65_HS1-834228961_62-HQ-83894_Serial_164
Agency: FBI
Page 122
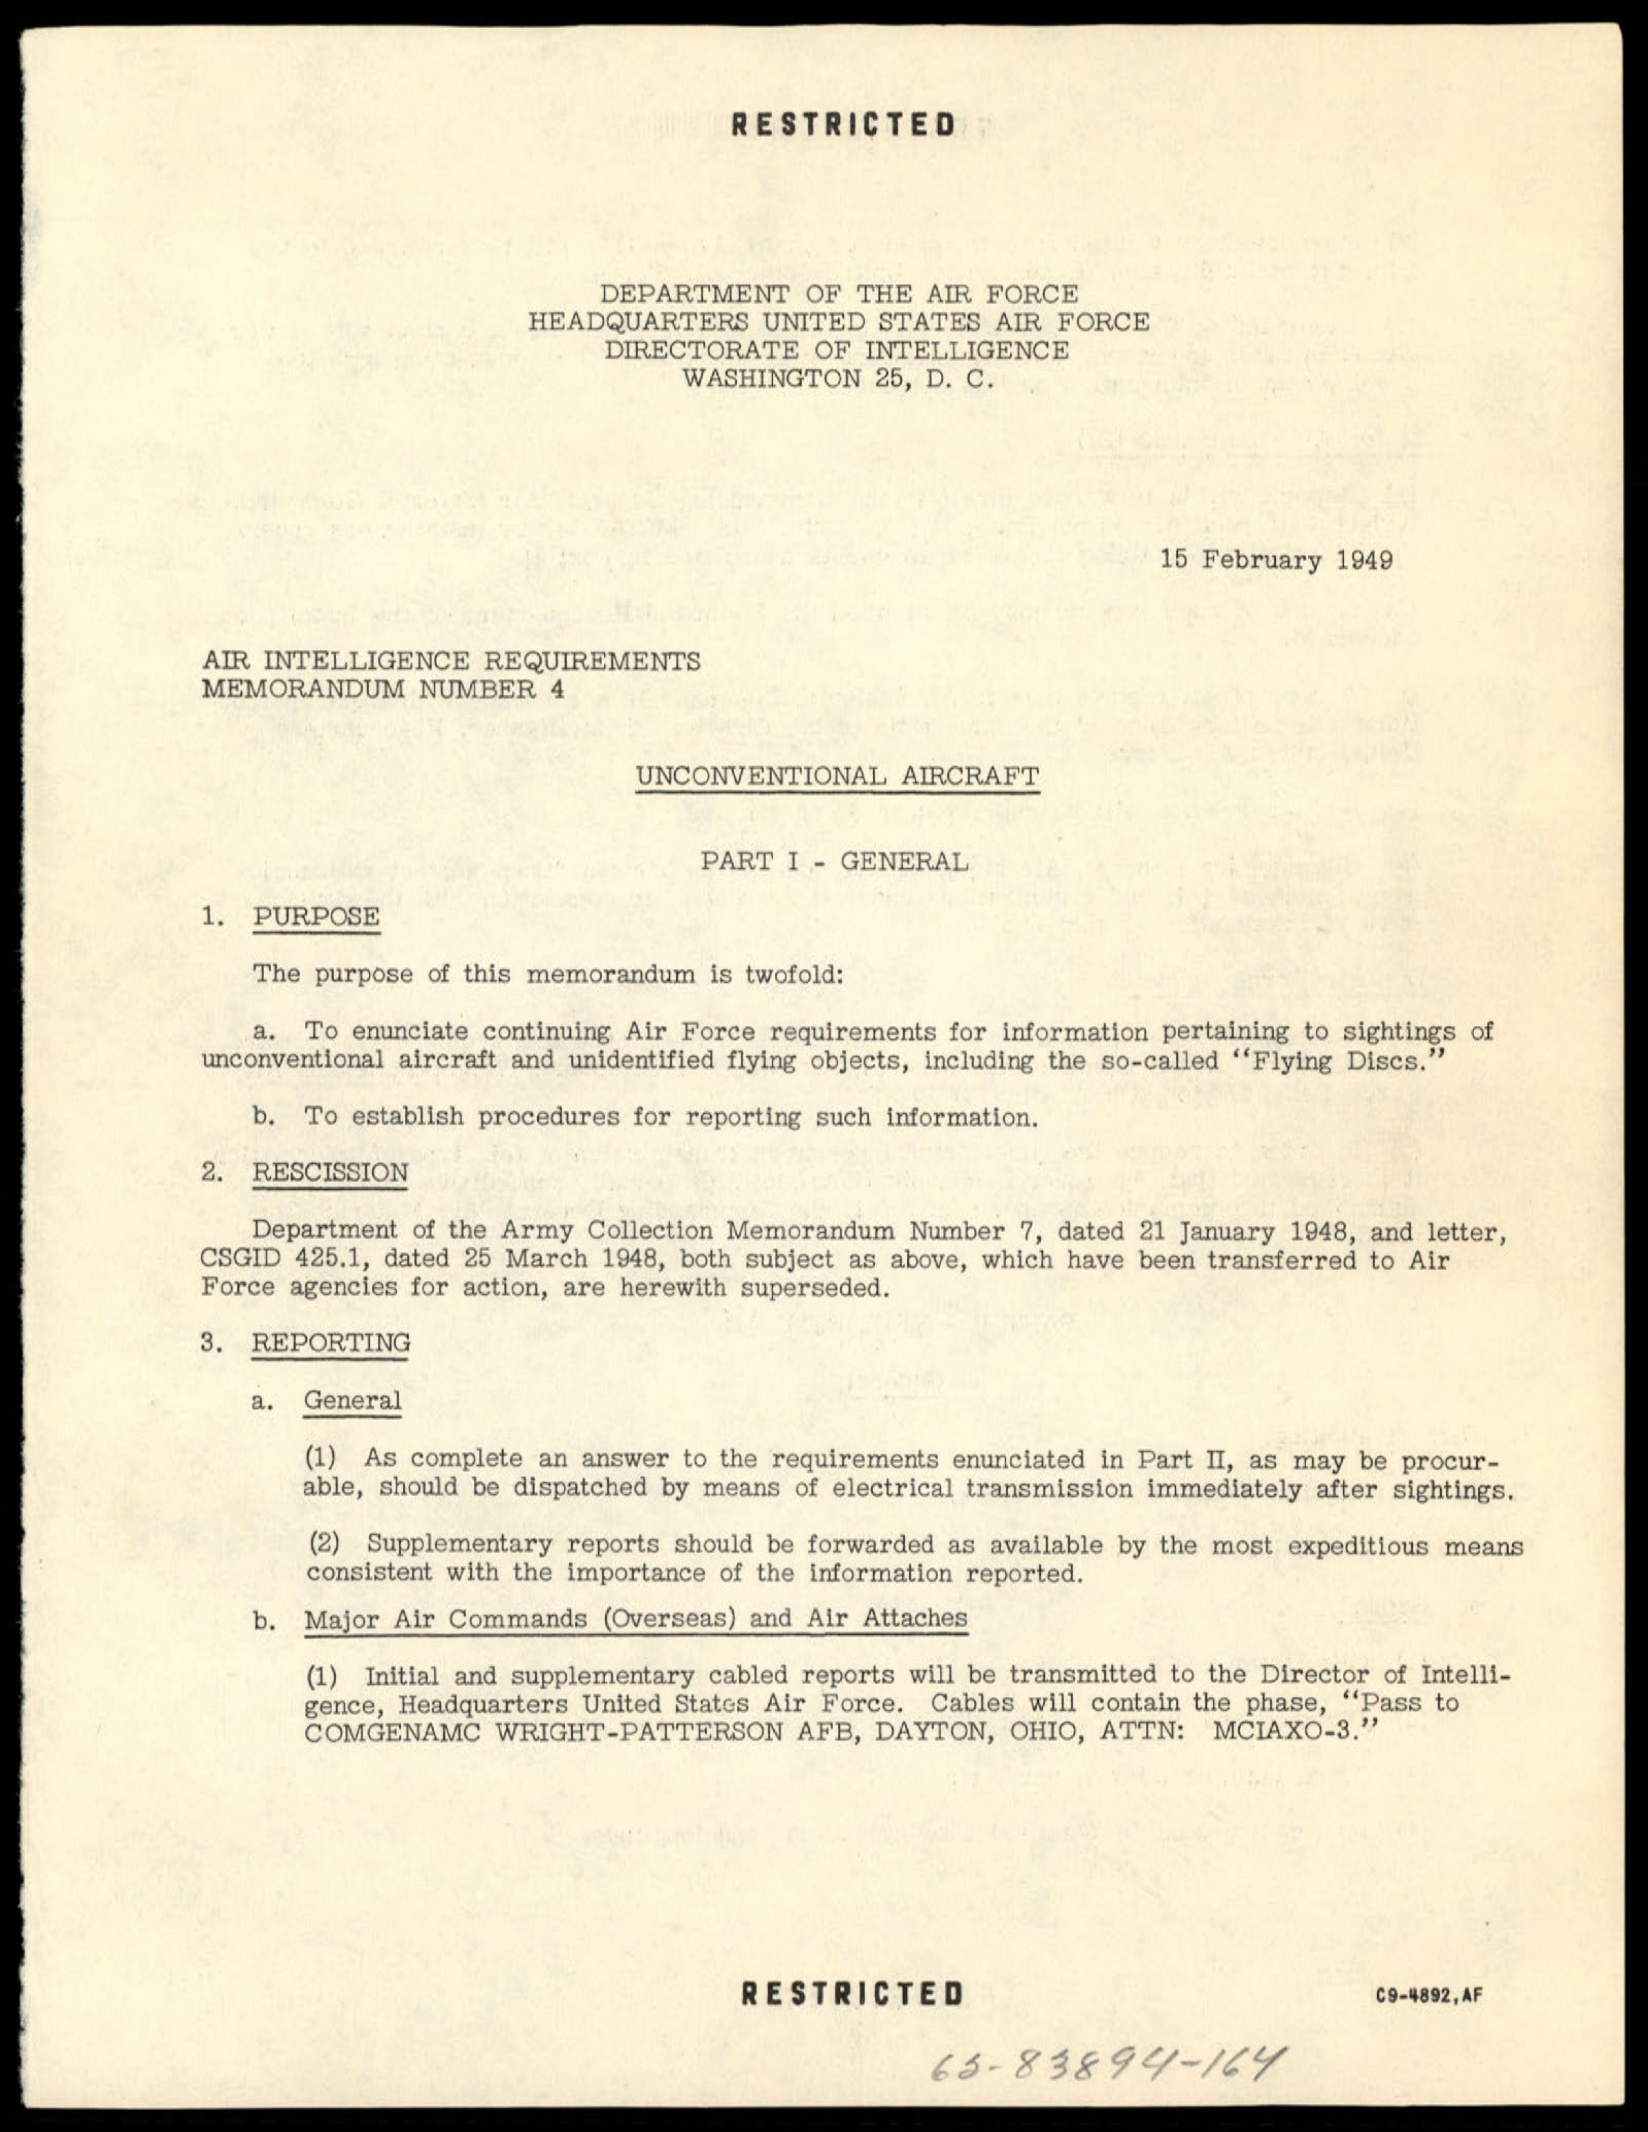